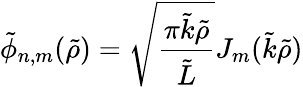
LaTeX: \tilde{\phi}_{n,m}(\tilde{\rho})=\sqrt{\frac{\pi\tilde{k}\tilde{\rho}}{\tilde{L}}}J_{m}(\tilde{k}\tilde{\rho})